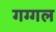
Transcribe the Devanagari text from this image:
गग्‍गल